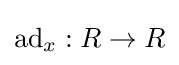
\mathrm {ad} _{x}:R\to R